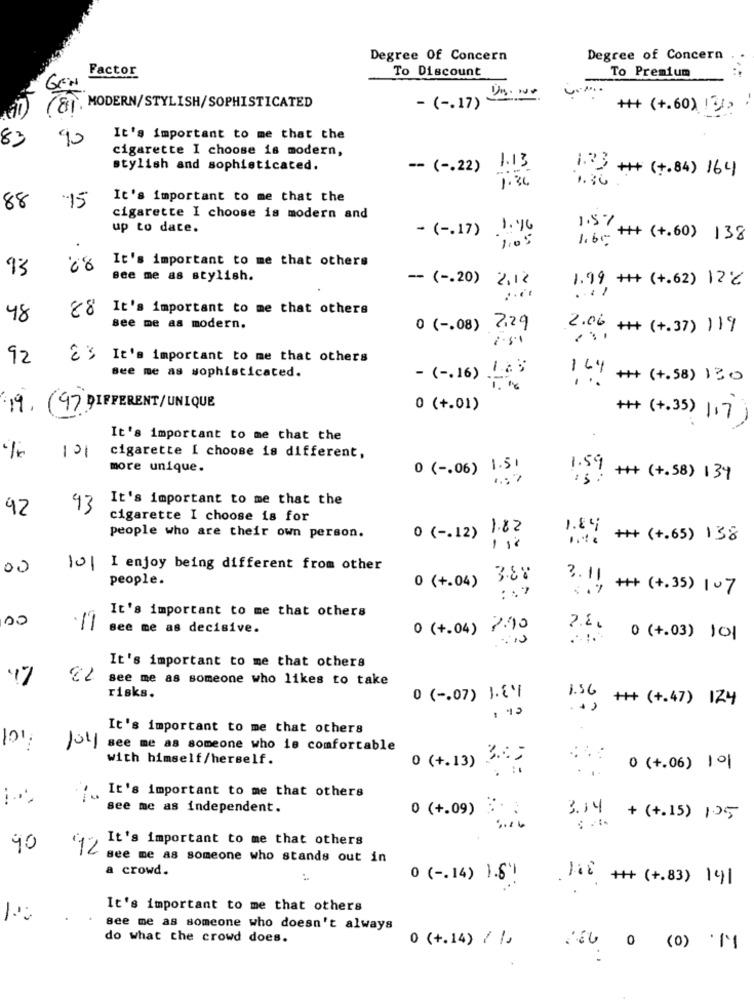
Degree Of Concern
Degree of Concern
Factor
To Premium
To Discount
GEN
-( -. 17) .
MODERN/STYLISH/SOPHISTICATED
++ (+.60) !))
83
90
It's important to me that the
cigarette I choose is modern,
stylish and sophisticated.
-- ( -. 22) 1.13
1.23 ++ (+.84) 164
1.36
1.36
15
It's important to me that the
88
cigarette I choose is modern and
up to date.
1. 96
1.5%+
- ( -. 17)
1.05
1.6 ,- ++ (+.60) 138
It's important to me that others
93
Bee me as stylish.
- ( -. 20) 2.12
1.99 ++ (+.62) 12%
....
88
It's important to me that others
48
see me as modern.
0 ( -. 08) 7.29
2.06 +# (+.37) 119
2.51
92
E'S It's important to me that others
Bee me as sophisticated.
- ( -. 16) LaS
144 ++ (+.58) 130
19.
47 DIFFERENT/UNIQUE
0 (+.01)
++ (+.35) 117
It's important to me that the
101
cigarette I choose is different,
more unique.
0 ( -. 06) 1.51
1.59
:s: ++ (+.58) 134
It's important to me that the
42
93
cigarette I choose is for
0 ( -. 12) 1.82
people who are their own person.
-
1.89 ++ (+.65) 138
00
101 I enjoy being different from other
people.
0 (+.04)
3.88
3.11
5 . ) + (+.35) 107
It's important to me that others
00
see me as decisive.
0 (+.04) 2.10
0 (+.03) 101
It's important to me that others
47
€2 see me as someone who likes to take
risks.
0 ( -. 07) 1.21
1.56 ++ (+.47) 124
.. .
It's important to me that others
10:
Joli see me as someone who is comfortable
with himself/herself.
0 (+.13) 305
0 (+.06) 101
...
It's important to me that others
see me as independent.
0 (+ 09)
3.14 + (+.15) 105
It's important to me that others
90
12
see me as someone who stands out in
a crowd.
118
0 ( -. 14) 1.6!
+++ (+.83) 141
It's important to me that others
see me as someone who doesn't always
do what the crowd does.
0 (+.14) / 1.
160 0 (0) |